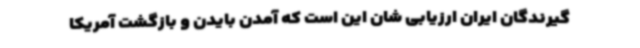
گیرندگان ایران ارزیابی شان این است که آمدن بایدن و بازگشت آمریکا